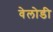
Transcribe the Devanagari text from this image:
वेलोडी